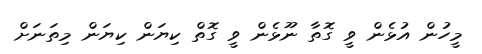
މީހުން އުޅެން ވީ ގޮތާ ނޫޅެން ވީ ގޮތް ކިޔަން ކިޔަން މިތަނަށް